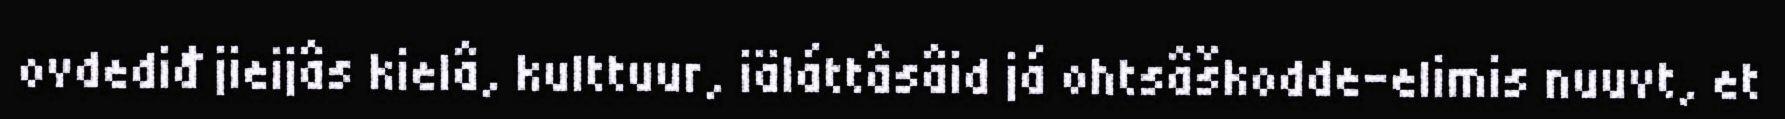
ovdediđ jieijâs kielâ, kulttuur, iäláttâsâid já ohtsâškodde-elimis nuuvt, et